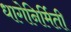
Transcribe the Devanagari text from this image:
धागेनिर्मिती